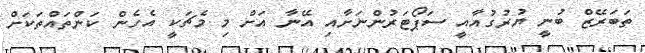
ތަބަރޭޒް ބުނީ ޔުރުގުއާއީ ސަޕޯޓަރުންނަށާއި އޭނާ އަށް މި މެޗަކީ އެހެން ކަންތައްތަކަށް